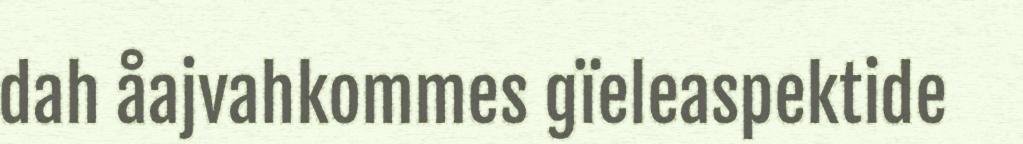
dah åajvahkommes gïeleaspektide